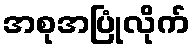
အစုအပြုံလိုက်